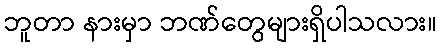
ဘူတာ နားမှာ ဘဏ်တွေများရှိပါသလား။